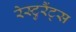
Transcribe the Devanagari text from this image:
रेस्टुरैंट्स